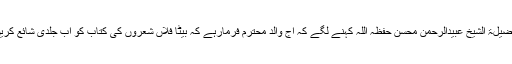
بابا جی کی وفات سے تین ہفتے پہلے ہمیں فضیلۃ الشیخ عبیدالرحمن محسن حفظہ اللہ کہنے لگے کہ آج والد محترم فرمارہے کہ بیٹا فلاں شعروں کی کتاب کو اب جلدی شائع کریں وہ میں نے عورتوں کو کتاب پڑھانی ہے ۔